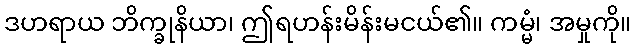
ဒဟရာယ ဘိက္ခုနိယာ၊ ဤရဟန်းမိန်းမငယ်၏။ ကမ္မံ၊ အမှုကို။